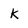
Character: k